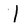
Character: l